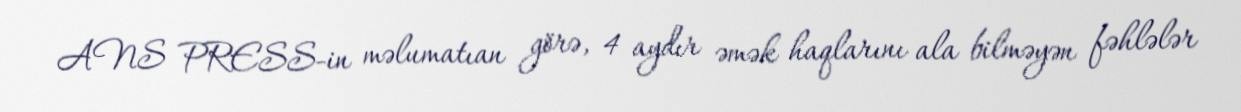
ANS PRESS-in məlumatıan görə, 4 aydır əmək haqlarını ala bilməyən fəhlələr